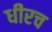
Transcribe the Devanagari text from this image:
धीरच